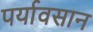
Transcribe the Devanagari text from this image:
पर्यावसान